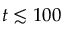
t \lesssim 1 0 0